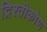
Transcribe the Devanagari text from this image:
द्रिश्तीकोण